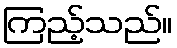
ကြည့်သည်။